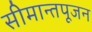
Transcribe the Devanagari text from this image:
सीमान्तपूजन